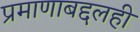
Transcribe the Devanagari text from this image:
प्रमाणाबद्दलही